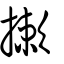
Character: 摗